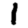
Digit: 1